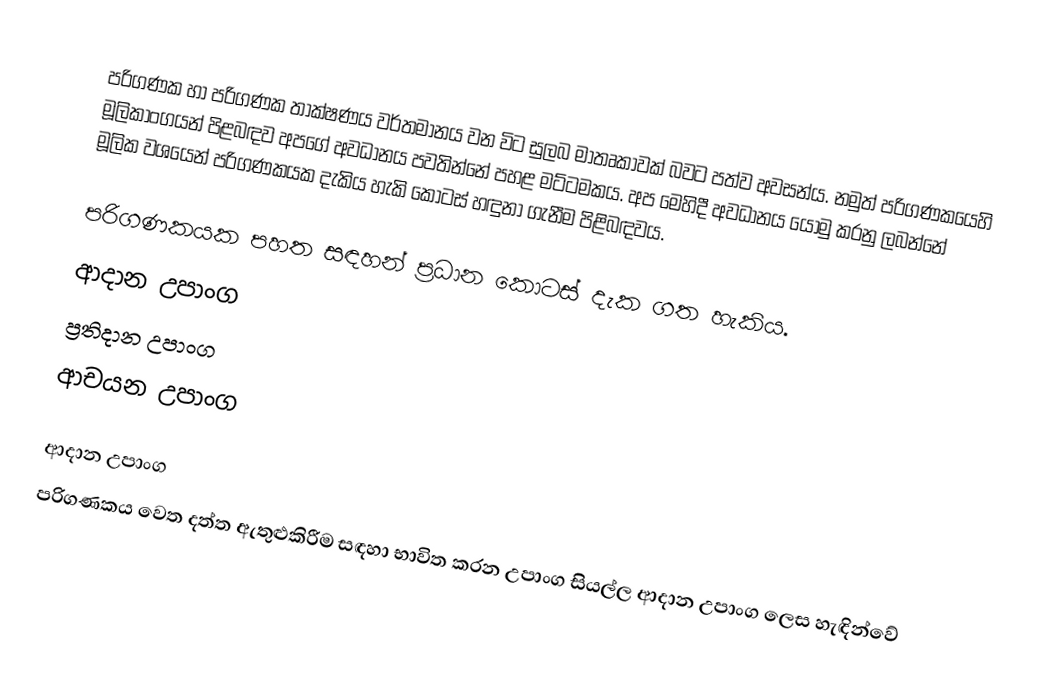
පරිගණක හා පරිගණක තාක්ෂණය වර්තමානය වන විට සුලබ මාතෘකාවක් බවට පත්ව අවසන්ය.  නමුත් පරිගණකයෙහි මූලිකාංගයන් පිළබඳව අපගේ අවධානය පවතින්නේ පහළ මට්ටමකය. අප මෙහිදී අවධානය යොමු කරනු ලබන්නේ මූලික වශයෙන් පරිගණකයක දැකිය හැකි කොටස් හඳුනා ගැනීම  පිළිබඳවය.

පරිගණකයක පහත සඳහන් ප්‍රධාන කොටස් දැක ගත හැකිය.
 ආදාන උපාංග
 ප්‍රතිදාන උපාංග
 ආචයන උපාංග

ආදාන උපාංග
පරිගණකය වෙත දත්ත ඇතුළුකිරීම සඳහා   භාවිත කරන උපාංග සියල්ල ආදාන උපාංග ලෙස හැඳින්වේ